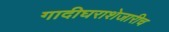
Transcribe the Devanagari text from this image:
गादीघराशेजारीच